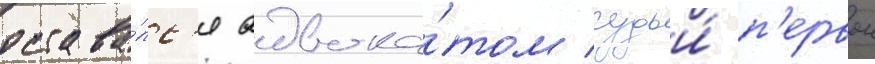
остава́лс'я адвока́том судьи́ п'ервои